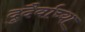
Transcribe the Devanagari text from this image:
दुदैर्वाच्या